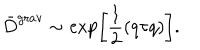
{ \bar { D } } ^ { \mathrm { g r a v } } \sim \exp \biggl [ \frac { 1 } { 2 } ( q \tau q ) \biggr ] .